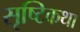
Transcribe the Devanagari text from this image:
सृष्टिकथा